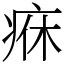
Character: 㾋